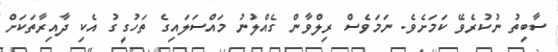
ސާބިތު ނުކުރެވޭ ކަމަށެވެ. ނަމަވެސް ރިލްވާން ގެއްލުނު މައްސަލައިގެ ތަހުގީގު އެކި ދާއިރާތަކަށް